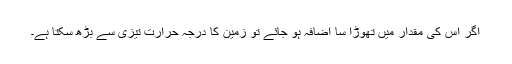
اگر اس کی مقدار میں تھوڑا سا اضافہ ہو جائے تو زمین کا درجہ حرارت تیزی سے بڑھ سکتا ہے۔